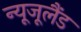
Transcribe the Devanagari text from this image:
न्यूजूलैंड